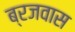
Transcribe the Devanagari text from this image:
ब्रजवास